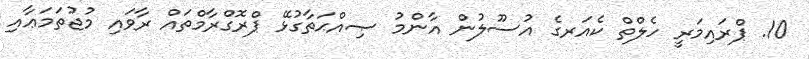
10. ޕްރައިމަރީ ހެލްތް ކެއަރގެ އުސޫލުން އާންމު ޞިއްޙަތާގުޅޭ ޕްރޮގްރާމްތައް ރާވައި މުޖުތަމަޢާއި